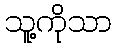
သူ့ကိုသာ